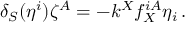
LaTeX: \delta _ { S } ( \eta ^ { i } ) \zeta ^ { A } = - k ^ { X } f _ { X } ^ { i A } \eta _ { i } \, .